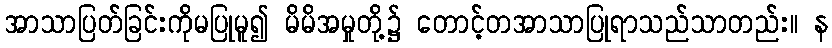
အာသာပြတ်ခြင်းကိုမပြုမူ၍ မိမိအမှုတို့၌ တောင့်တအာသာပြုရာသည်သာတည်း။ န